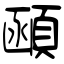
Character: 顄